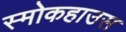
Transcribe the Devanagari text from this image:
स्मोकहाउस